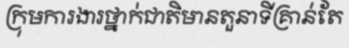
ក្រុមការងារថ្នាក់ជាតិមានតួនាទីគ្រាន់តែ